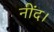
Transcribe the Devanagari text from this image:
नींद।